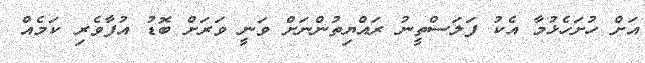
އަށް ހުށަހެޅުމާ އެކު ފަލަސްތީނު ރައްޔިތުންނަށް ވަނީ ވަރަށް ބޮޑު އުފާވެރި ކަމެއް